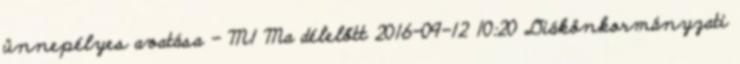
ünnepélyes avatása - M1 Ma délelőtt 2016-09-12 10:20 Diákönkormányzati